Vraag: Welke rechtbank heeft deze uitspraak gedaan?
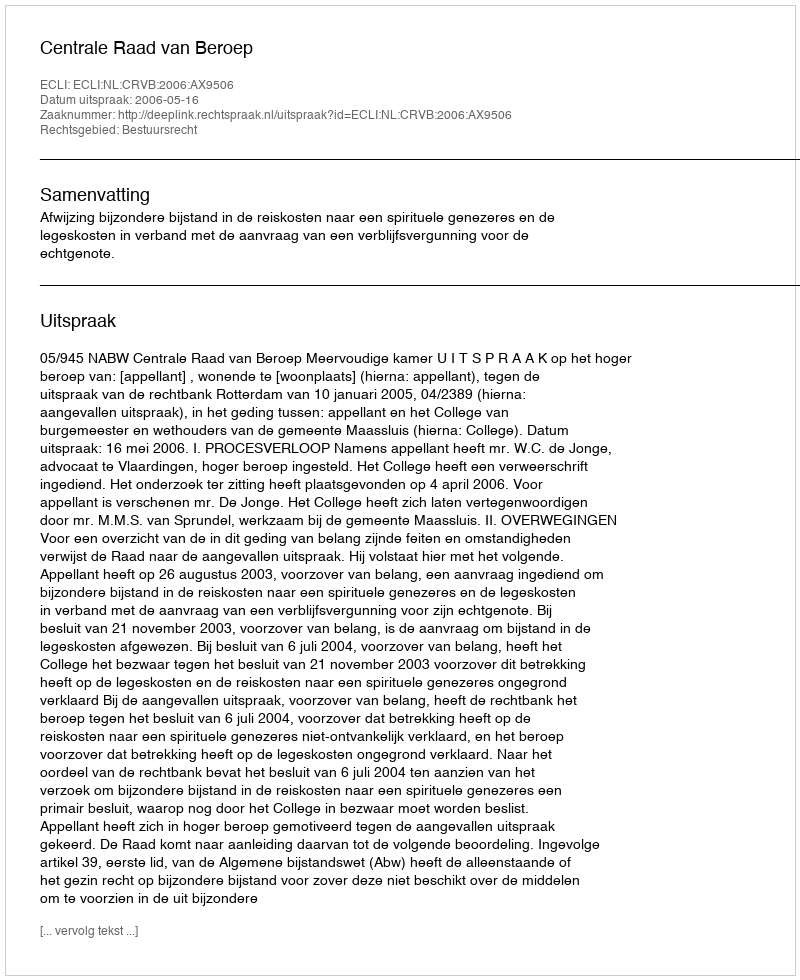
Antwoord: Centrale Raad van Beroep